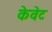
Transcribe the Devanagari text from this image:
केवेट